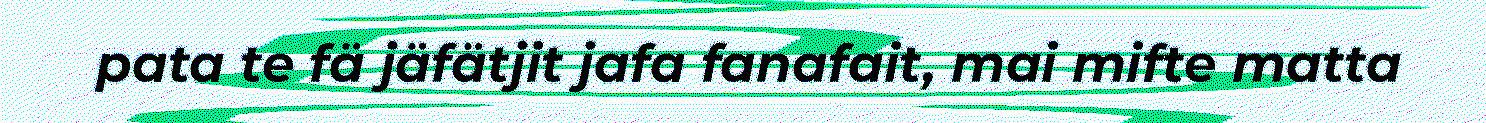
pata te fä jäfätjit jafa fanafait, mai mifte matta